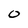
Character: 0